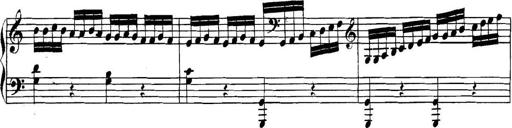
Title: Collected Piano Sonatas
Composer: Muzio Clementi